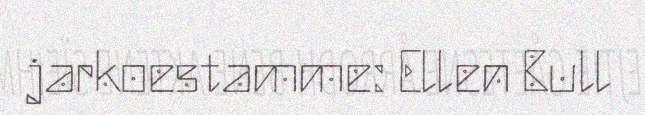
jarkoestamme: Ellen Bull